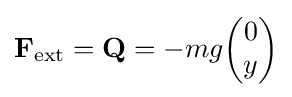
\mathbf {F} _{\text{ext}}=\mathbf {Q} =-mg{\begin{pmatrix}0\\y\end{pmatrix}}